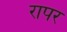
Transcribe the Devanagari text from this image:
रापर